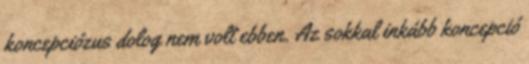
koncepciózus dolog nem volt ebben. Az sokkal inkább koncepció